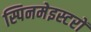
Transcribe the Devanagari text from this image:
स्पिनमेइस्टरों